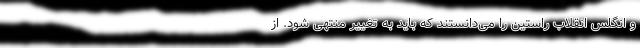
و انگلس انقلاب راستین را می‌دانستند که باید به تغییر منتهی شود. از